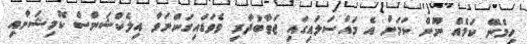
ހިމެނޭ ކަމެއް ނޫން ކަމަށް އެ މައްސަލައިގައި ޖަވާބުދާރި ވެވަޑައިގަންނަވާ އިލެކްޝަންސް ކޮމިޝަނާއި